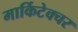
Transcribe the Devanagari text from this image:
मार्किटेक्चर